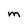
Character: m